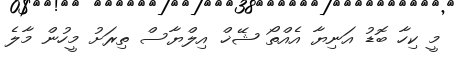
މީ ކިހާ ބޮޑު އަނިޔާ އެއްތޯ ޝޭޚް އިލްޔާސް ތިރަށު މީހުން މާލެ